Vaccine operations Central Provinces 1900-1911 - 1900-1911
Year: 1900
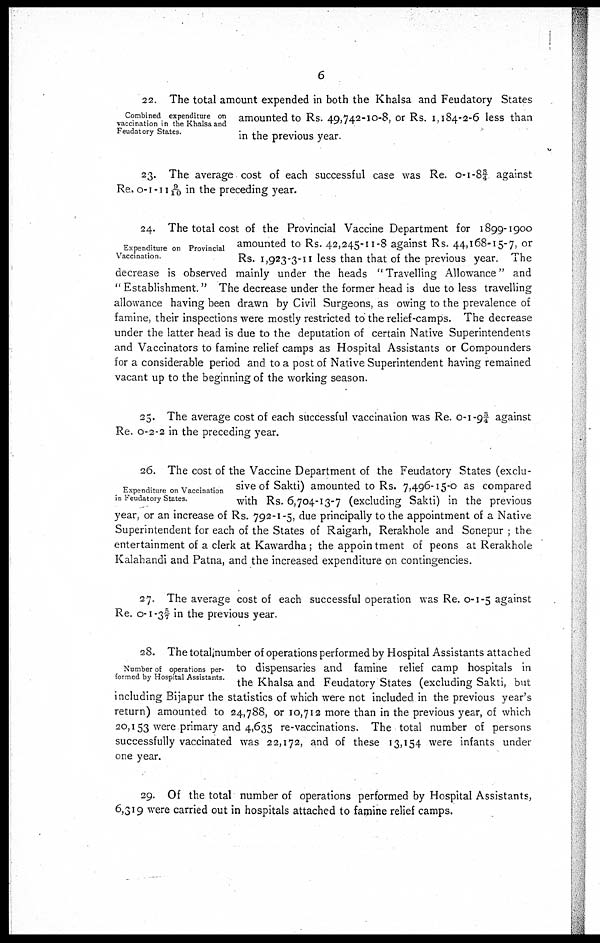
6
Combined expenditure on
vaccination in the Khalsa and
Feudatory States.
22. The total amount expended in both the Khalsa and Feudatory States
amounted to Rs. 49,742-10-8, or Rs. 1,184-2-6 less than
in the previous year.
23. The average cost of each successful case was Re. 0-1-8¾ against
Re. 0-1-11 9/10 in the preceding year.
Expenditure on Provincial
Vaccination
24. The total cost of the Provincial Vaccine Department for 1899-1900
amounted to Rs. 42,245-11-8 against Rs. 44,168-15-7, or
Rs. 1,923-3-11 less than that of the previous year. The
decrease is observed mainly under the heads " Travelling Allowance" and
" Establishment." The decrease under the former head is due to less travelling
allowance having been drawn by Civil Surgeons, as owing to the prevalence of
famine, their inspections were mostly restricted to the relief-camps. The decrease
under the latter head is due to the deputation of certain Native Superintendents
and Vaccinators to famine relief camps as Hospital Assistants or Compounders
for a considerable period and to a post of Native Superintendent having remained
vacant up to the beginning of the working season.
25. The average cost of each successful vaccination was Re. 0-1-9¾ against
Re. 0-2-2 in the preceding year.
Expenditure on Vaccination
in Feudatory States.
26. The cost of the Vaccine Department of the Feudatory States (exclu-
sive of Sakti) amounted to Rs. 7,496-15-0 as compared
with Rs. 6,704-13-7 (excluding Sakti) in the previous
year, or an increase of Rs. 792-1-5, due principally to the appointment of a Native
Superintendent for each of the States of Raigarh, Rerakhole and Sonepur ; the
entertainment of a clerk at Kawardha; the appointment of peons at Rerakhole
Kalahandi and Patna, and the increased expenditure on contingencies.
27. The average cost of each successful operation was Re. 0-1-5 against
Re. 0-1-3 5/7 in the previous year.
Number of operations per-
formed by Hospital Assistants.
28. The total number of operations performed by Hospital Assistants attached
to dispensaries and famine relief camp hospitals in
the Khalsa and Feudatory States (excluding Sakti, but
including Bijapur the statistics of which were not included in the previous year's
return) amounted to 24,788, or 10,712 more than in the previous year, of which
20,153 were primary and 4,635 re-vaccinations. The total number of persons
successfully vaccinated was 22,172, and of these 13,154 were infants under
one year.
29. Of the total number of operations performed by Hospital Assistants,
6,319 were carried out in hospitals attached to famine relief camps.